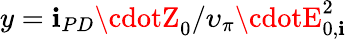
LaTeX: y=\mathbf{i}_{PD}\cdotZ_{0}/\upsilon_{\pi}\cdotE_{0,\mathbf{i}}^{2}